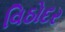
વિઠોદર